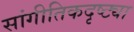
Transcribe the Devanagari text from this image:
सांगीतिकदृष्ट्या